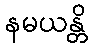
နမယန္တိ